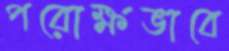
পরোক্ষভাবে